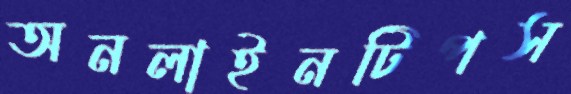
অনলাইনটিপস